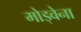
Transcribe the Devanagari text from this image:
मोड्वेना